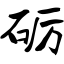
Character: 砺